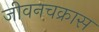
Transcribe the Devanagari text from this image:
जीवनचक्रास